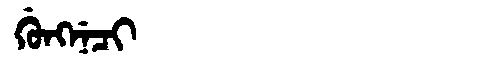
Manchu: ᡤᡠᠩᠨᡝᠴᡳ
Romanization: GUNGNECI